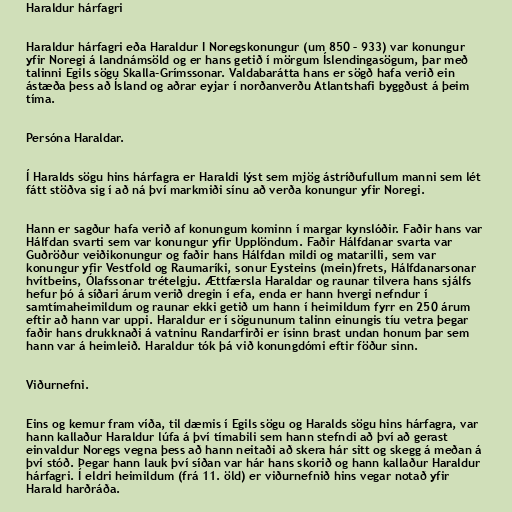
Haraldur hárfagri

Haraldur hárfagri eða Haraldur I Noregskonungur (um 850 – 933) var konungur
yfir Noregi á landnámsöld og er hans getið í mörgum Íslendingasögum, þar með
talinni Egils sögu Skalla-Grímssonar. Valdabarátta hans er sögð hafa verið ein
ástæða þess að Ísland og aðrar eyjar í norðanverðu Atlantshafi byggðust á þeim
tíma.

Persóna Haraldar.

Í Haralds sögu hins hárfagra er Haraldi lýst sem mjög ástríðufullum manni sem lét
fátt stöðva sig í að ná því markmiði sínu að verða konungur yfir Noregi.

Hann er sagður hafa verið af konungum kominn í margar kynslóðir. Faðir hans var
Hálfdan svarti sem var konungur yfir Upplöndum. Faðir Hálfdanar svarta var
Guðröður veiðikonungur og faðir hans Hálfdan mildi og matarilli, sem var
konungur yfir Vestfold og Raumaríki, sonur Eysteins (mein)frets, Hálfdanarsonar
hvítbeins, Ólafssonar trételgju. Ættfærsla Haraldar og raunar tilvera hans sjálfs
hefur þó á síðari árum verið dregin í efa, enda er hann hvergi nefndur í
samtímaheimildum og raunar ekki getið um hann í heimildum fyrr en 250 árum
eftir að hann var uppi. Haraldur er í sögununum talinn einungis tíu vetra þegar
faðir hans drukknaði á vatninu Randarfirði er ísinn brast undan honum þar sem
hann var á heimleið. Haraldur tók þá við konungdómi eftir föður sinn.

Viðurnefni.

Eins og kemur fram víða, til dæmis í Egils sögu og Haralds sögu hins hárfagra, var
hann kallaður Haraldur lúfa á því tímabili sem hann stefndi að því að gerast
einvaldur Noregs vegna þess að hann neitaði að skera hár sitt og skegg á meðan á
því stóð. Þegar hann lauk því síðan var hár hans skorið og hann kallaður Haraldur
hárfagri. Í eldri heimildum (frá 11. öld) er viðurnefnið hins vegar notað yfir
Harald harðráða.